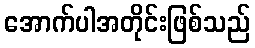
အောက်ပါအတိုင်းဖြစ်သည်